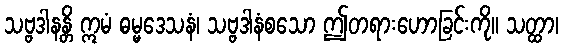
သဗ္ဗဒါနန္တိ ဣမံ ဓမ္မဒေသနံ၊ သဗ္ဗဒါနံစသော ဤတရားဟောခြင်းကို။ သတ္ထာ၊